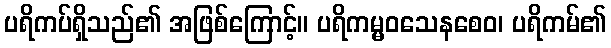
ပရိကပ်ရှိသည်၏ အဖြစ်ကြောင့်။ ပရိကမ္မဝသေနစေဝ၊ ပရိကမ်၏